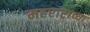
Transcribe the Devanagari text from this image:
महराष्ट्राच्या